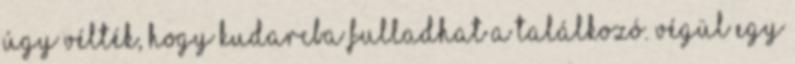
úgy vélték, hogy kudarcba fulladhat a találkozó. Végül egy